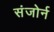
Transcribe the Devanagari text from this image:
संजोर्न